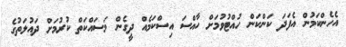
އެހެންކަމުން އެފަދަ ކަންކަން ހުއްޓުވުމަށް ހާއްސަ އިސްކަމެއް ދީގެން މަސައްކަތް ކުރުމަށް ދައުލަތުގެ